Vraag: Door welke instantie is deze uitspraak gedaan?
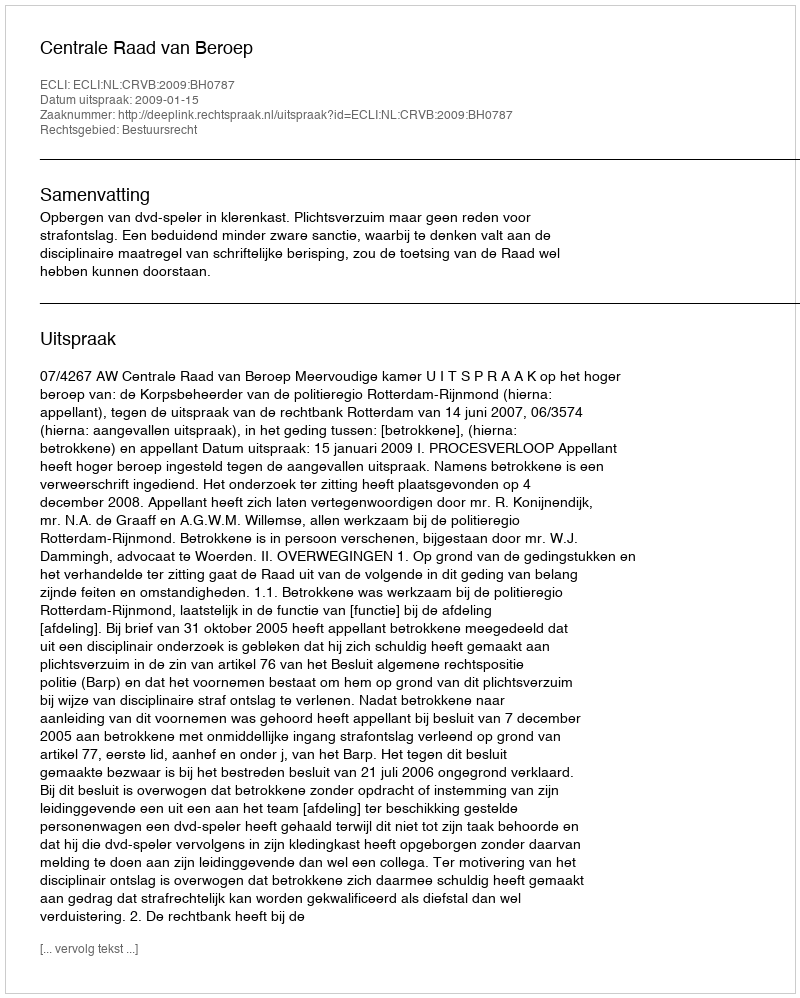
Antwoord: Centrale Raad van Beroep